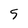
Character: 5